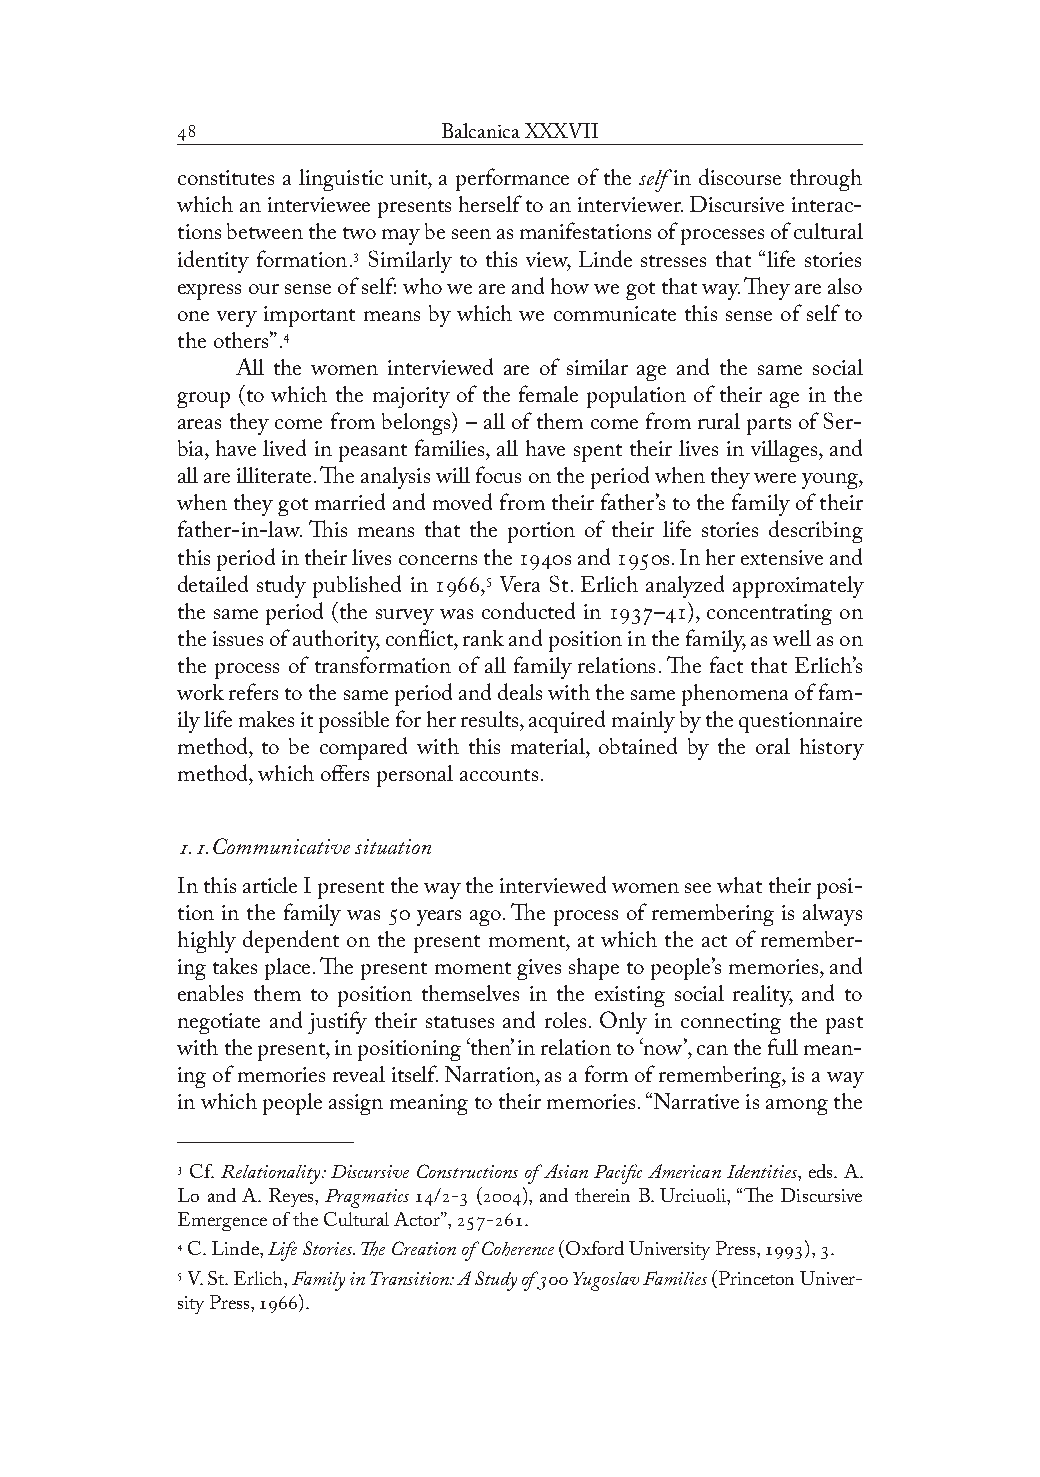
               Balcanica XXXVII
 constitutes a linguistic unit, a performance of the self in discourse through
 which an interviewee presents herself to an interviewer. Discursive interac-
 tions between the two may be seen as manifestations of processes of cultural
 identity formation. Similarly to this view, Linde stresses that “life stories
 express our sense of self: who we are and how we got that way. They are also
 one very important means by which we communicate this sense of self to
 the others”.
 All the women interviewed are of similar age and the same social
 group (to which the majority of the female population of their age in the
 areas they come from belongs) – all of them come from rural parts of Ser-
 bia, have lived in peasant families, all have spent their lives in villages, and
 all are illiterate. The analysis will focus on the period when they were young,
 when they got married and moved from their father’s to the family of their
 father-in-law. This means that the portion of their life stories describing
 this period in their lives concerns the s and s. In her extensive and
 detailed study published in , Vera St. Erlich analyzed approximately
 the same period (the survey was conducted in –), concentrating on
 the issues of authority, conflict, rank and position in the family, as well as on
 the process of transformation of all family relations. The fact that Erlich’s
 work refers to the same period and deals with the same phenomena of fam-
 ily life makes it possible for her results, acquired mainly by the questionnaire
 method, to be compared with this material, obtained by the oral history
 method, which offers personal accounts.
 ..Communicative situation
 In this article I present the way the interviewed women see what their posi-
 tion in the family was  years ago. The process of remembering is always
 highly dependent on the present moment, at which the act of remember-
 ing takes place. The present moment gives shape to people’s memories, and
 enables them to position themselves in the existing social reality, and to
 negotiate and justify their statuses and roles. Only in connecting the past
 with the present, in positioning ‘then’ in relation to ‘now’, can the full mean-
 ing of memories reveal itself. Narration, as a form of remembering, is a way
 in which people assign meaning to their memories. “Narrative is among the
  Cf. Relationality: Discursive Constructions of Asian Pacific American Identities, eds. A.
 Lo and A. Reyes, Pragmatics /- (), and therein B. Urciuoli, “The Discursive
 Emergence of the Cultural Actor”, -.
  C. Linde, Life Stories. The Creation of Coherence (Oxford University Press, ), .
  V. St. Erlich, Family in Transition: A Study of  Yugoslav Families (Princeton Univer-
 sity Press, ).